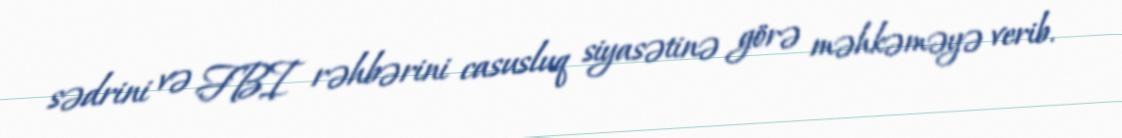
sədrini və FBI rəhbərini casusluq siyasətinə görə məhkəməyə verib.